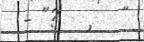
- "?